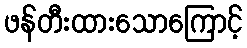
ဖန်တီးထားသောကြောင့်